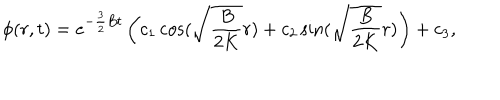
\phi ( r , t ) = e ^ { - \frac { 3 } { 2 } B t } \left( c _ { 1 } \cos ( \sqrt { \frac { B } { 2 K } } r ) + c _ { 2 } \sin ( \sqrt { \frac { B } { 2 K } } r ) \right) + c _ { 3 } ,